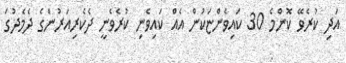
އަދި ކުރެވޭ ކޮންމެ 30 ކައިވެންޏަކުން އެއް ކައިވެނި ކުރެވެނީ ދެކެރިއަރުންގެ ދެމެދުގަ